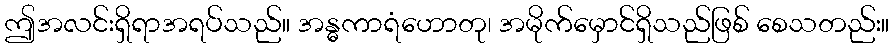
ဤအလင်းရှိရာအရပ်သည်။ အန္ဓကာရံဟောတု၊ အမိုက်မှောင်ရှိသည်ဖြစ် စေသတည်း။